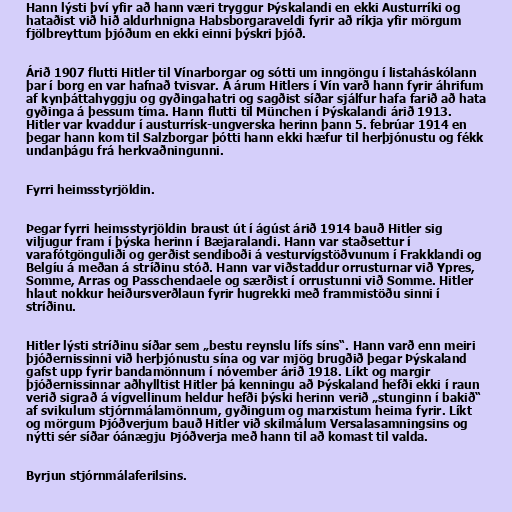
Hann lýsti því yfir að hann væri tryggur Þýskalandi en ekki Austurríki og
hataðist við hið aldurhnigna Habsborgaraveldi fyrir að ríkja yfir mörgum
fjölbreyttum þjóðum en ekki einni þýskri þjóð.

Árið 1907 flutti Hitler til Vínarborgar og sótti um inngöngu í listaháskólann
þar í borg en var hafnað tvisvar. Á árum Hitlers í Vín varð hann fyrir áhrifum
af kynþáttahyggju og gyðingahatri og sagðist síðar sjálfur hafa farið að hata
gyðinga á þessum tíma. Hann flutti til München í Þýskalandi árið 1913.
Hitler var kvaddur í austurrísk-ungverska herinn þann 5. febrúar 1914 en
þegar hann kom til Salzborgar þótti hann ekki hæfur til herþjónustu og fékk
undanþágu frá herkvaðningunni.

Fyrri heimsstyrjöldin.

Þegar fyrri heimsstyrjöldin braust út í ágúst árið 1914 bauð Hitler sig
viljugur fram í þýska herinn í Bæjaralandi. Hann var staðsettur í
varafótgönguliði og gerðist sendiboði á vesturvígstöðvunum í Frakklandi og
Belgíu á meðan á stríðinu stóð. Hann var viðstaddur orrusturnar við Ypres,
Somme, Arras og Passchendaele og særðist í orrustunni við Somme. Hitler
hlaut nokkur heiðursverðlaun fyrir hugrekki með frammistöðu sinni í
stríðinu.

Hitler lýsti stríðinu síðar sem „bestu reynslu lífs síns“. Hann varð enn meiri
þjóðernissinni við herþjónustu sína og var mjög brugðið þegar Þýskaland
gafst upp fyrir bandamönnum í nóvember árið 1918. Líkt og margir
þjóðernissinnar aðhylltist Hitler þá kenningu að Þýskaland hefði ekki í raun
verið sigrað á vígvellinum heldur hefði þýski herinn verið „stunginn í bakið“
af svikulum stjórnmálamönnum, gyðingum og marxistum heima fyrir. Líkt
og mörgum Þjóðverjum bauð Hitler við skilmálum Versalasamningsins og
nýtti sér síðar óánægju Þjóðverja með hann til að komast til valda.

Byrjun stjórnmálaferilsins.